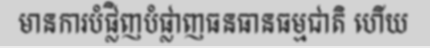
មានការបំផ្លិញបំផ្លាញធនធានធម្មជាតិ ហើយ